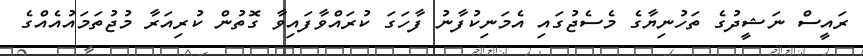
ރައީސް ނަޝީދުގެ ތަހުނިޔާގެ މެސެޖުގައި އެމަނިކުފާނު ފާހަގަ ކުރައްވާފައިވާ ގޮތުން ކުރިއަރާ މުޖުތަމައުއެއްގެ